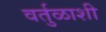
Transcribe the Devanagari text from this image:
वर्तुळाशी